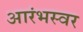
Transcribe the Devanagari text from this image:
आरंभस्वर